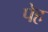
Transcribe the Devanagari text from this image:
पेह